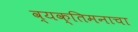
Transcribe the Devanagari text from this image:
व्यक्तिमनाचा